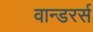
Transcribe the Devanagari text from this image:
वान्डरर्स